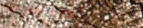
TRY OUR PIZZA